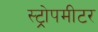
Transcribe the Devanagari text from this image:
स्ट्रोपमीटर